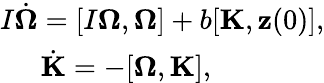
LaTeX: \begin{array}{r}{I\dot{\boldsymbol\Omega}=[I{\boldsymbol\Omega},{\boldsymbol\Omega}]+b[{\mathbf K},{\mathbf z}(0)],}\\ {\dot{\mathbf K}=-[{\boldsymbol\Omega},{\mathbf K}],\qquad\qquad}\end{array}